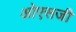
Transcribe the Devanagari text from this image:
ओएसजी